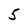
Character: 5